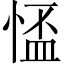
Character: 𢝙